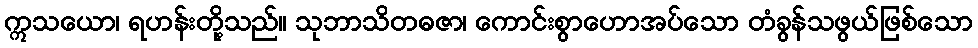
ဣသယော၊ ရဟန်းတို့သည်။ သုဘာသိတဓဇာ၊ ကောင်းစွာဟောအပ်သော တံခွန်သဖွယ်ဖြစ်သော